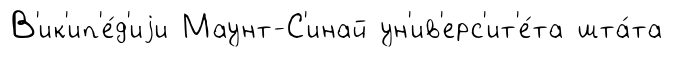
В'ик'ип'е́д'иjи Маунт-С'инай ун'ив'ерс'ит'е́та шта́та